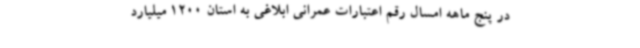
در پنج ماهه امسال رقم اعتبارات عمرانی ابلاغی به استان 1200 میلیارد